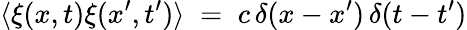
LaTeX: \langle\xi(x,t)\xi(x^{\prime},t^{\prime})\rangle\; =\; c\, \delta(x-x^{\prime})\, \delta(t-t^{\prime})